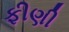
ફીણી